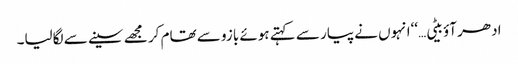
ادھر آؤ بیٹی…‘‘انہوں نے پیار سے کہتے ہوئے بازو سے تھام کر مجھے سینے سے لگالیا۔